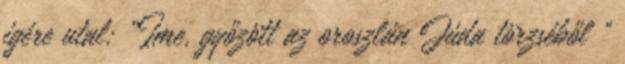
igére utal: „Íme, győzött az oroszlán Júda törzséből ”